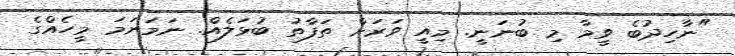
"ނާހިދުބެ ވީމާ މި ބުނަނީ. މިއީ ވަރަށް ތަފާތު ބުޅަލެއް. ނަމަނަމަ މީހެއްގެ